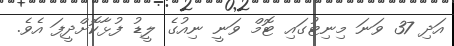
އަދި 37 ވަނަ މިނިޓުގައި ޓޮމް ވަނީ ނިއުގެ ލީޑު ފުޅާކޮށްދީފަ އެވެ.